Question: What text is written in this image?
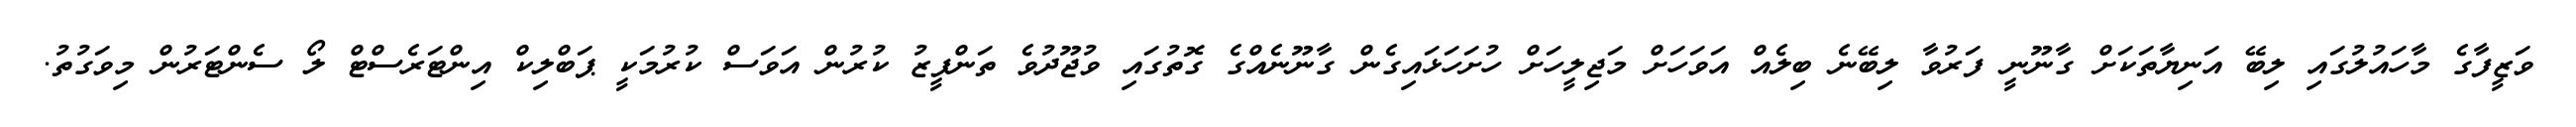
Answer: ވަޒީފާގެ މާހައުލުގައި ލިބޭ އަނިޔާތަކަށް ގާނޫނީ ފަރުވާ ލިބޭނެ ބިލެއް އަވަހަށް މަޖިލީހަށް ހުށަހަޅައިގެން ގާނޫނެއްގެ ގޮތުގައި ވުޖޫދުވެ ތަންފީޒު ކުރުން އަވަސް ކުރުމަކީ ޕަބްލިކް އިންޓަރެސްޓް ލޯ ސެންޓަރުން މިވަގުތު.